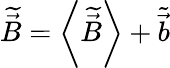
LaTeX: \widetilde{\vec{B}}=\left<\widetilde{\vec{B}}\right>+\widetilde{\vec{b}}